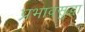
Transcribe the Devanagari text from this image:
प्रभावसुद्धा